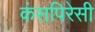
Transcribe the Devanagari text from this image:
कंसपिरेसी